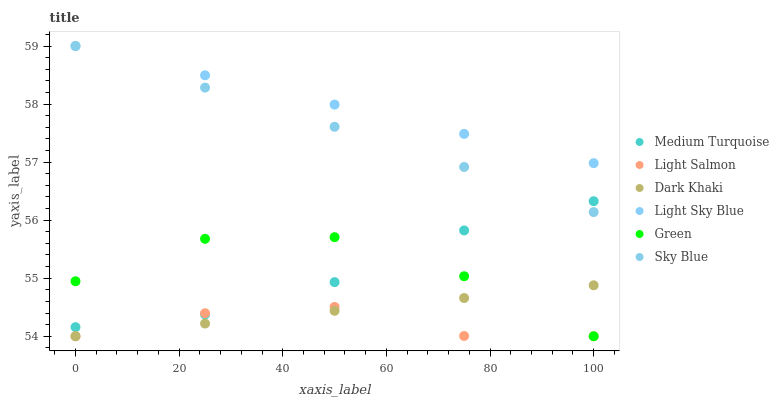
| xaxis_label | Medium Turquoise | Light Salmon | Dark Khaki | Light Sky Blue | Green | Sky Blue |
 | --- | --- | --- | --- | --- | --- | --- |
 | 0 | 54.2 | 54 | 54 | 59 | 54.9 | 59 |
 | 25 | 54.4 | 54.4 | 54.2 | 58.5 | 55.7 | 58.3 |
 | 50 | 54.9 | 54.5 | 54.4 | 58 | 55.7 | 57.6 |
 | 75 | 55.8 | 54 | 54.7 | 57.5 | 55 | 56.9 |
 | 100 | 56.3 | 54 | 54.9 | 57 | 54 | 56.1 |